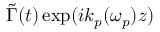
\tilde { \Gamma } ( t ) \exp ( i k _ { p } ( \omega _ { p } ) z )